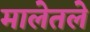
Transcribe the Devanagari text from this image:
मालेतले